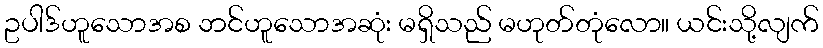
ဥပါဒ်ဟူသောအစ ဘင်ဟူသောအဆုံး မရှိသည် မဟုတ်တုံလော။ ယင်းသို့လျက်